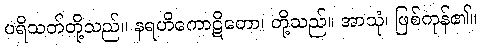
ပရိသတ်တို့သည်။ နရဟိကောဋိတော၊ တို့သည်။ အာသုံ၊ ဖြစ်ကုန်၏။